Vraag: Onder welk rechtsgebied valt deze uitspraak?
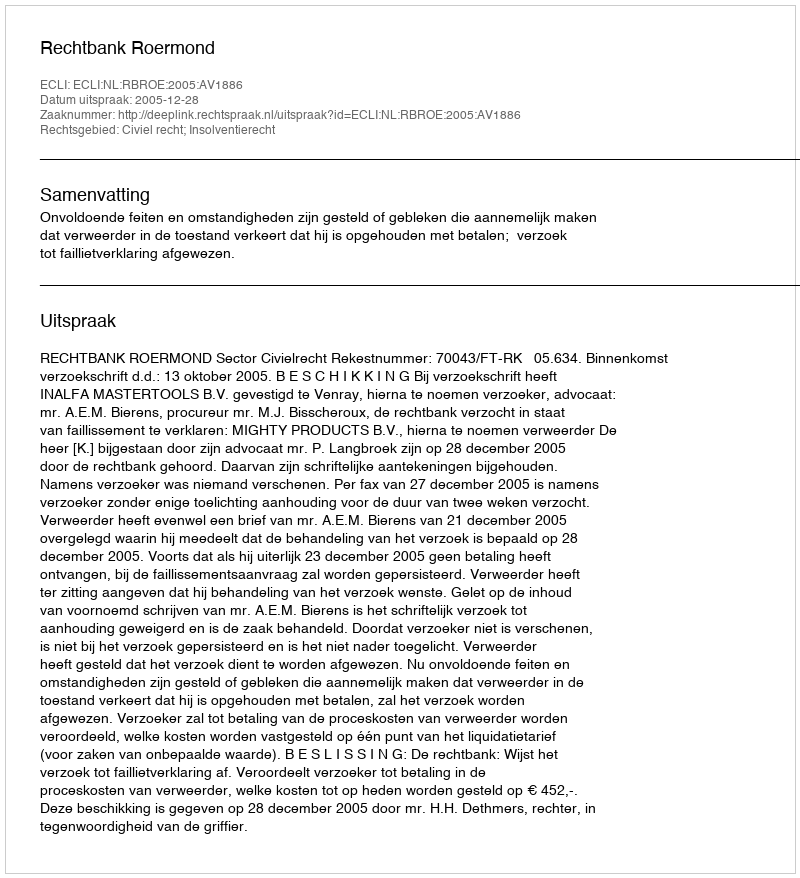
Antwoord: Civiel recht; Insolventierecht